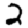
Digit: 2